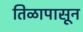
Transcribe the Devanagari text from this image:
तिळापासून